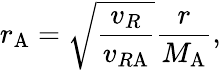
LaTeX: r_{\mathrm{A}}=\sqrt{\frac{v_{R}}{v_{R\mathrm{A}}}}{\frac{r}{M_{\mathrm{A}}}},